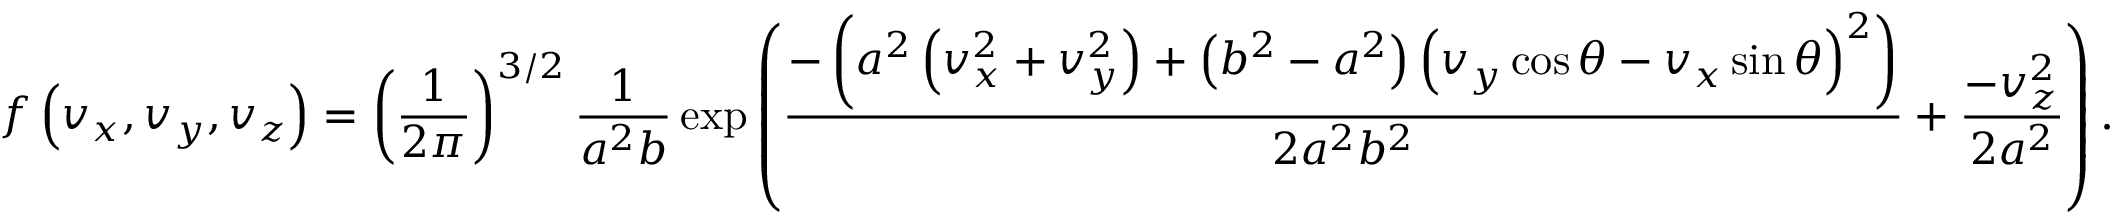
f \left( v _ { x } , v _ { y } , v _ { z } \right) = \left( \frac { 1 } { 2 \pi } \right) ^ { 3 / 2 } \frac { 1 } { a ^ { 2 } b } \exp \left( \frac { - \left( a ^ { 2 } \left( v _ { x } ^ { 2 } + v _ { y } ^ { 2 } \right) + \left( b ^ { 2 } - a ^ { 2 } \right) \left( v _ { y } \cos \theta - v _ { x } \sin \theta \right) ^ { 2 } \right) } { 2 a ^ { 2 } b ^ { 2 } } + \frac { - v _ { z } ^ { 2 } } { 2 a ^ { 2 } } \right) .